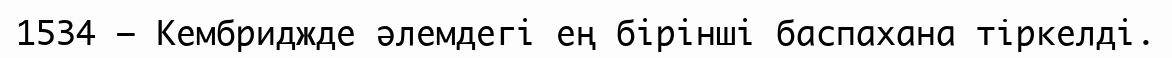
1534 — Кембриджде әлемдегі ең бірінші баспахана тiркелді.